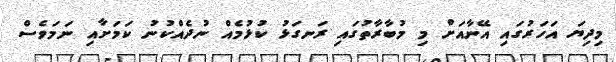
މިދިޔަ އަހަރުގައި އޭނާއަށް މި މުބާރާތުގައި ރަނގަޅު ކުޅުމެއް ނުދެއްކުނު ކަމަށާއި ނަމަވެސް